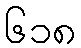
၆၁၈